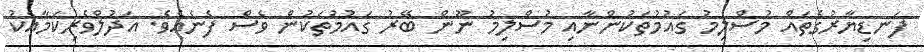
ފަނޑިޔާރުގެތައް މުސްލިމު ގައުމުތަކުންނާއި މުސްލިމު ނޫން ބޭރު ގައުމުތަކުން ވެސް ފެނެއެވެ. އަދުލްވެރިކަމާއެކު